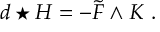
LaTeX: d \star H = - \tilde { F } \wedge K \ .